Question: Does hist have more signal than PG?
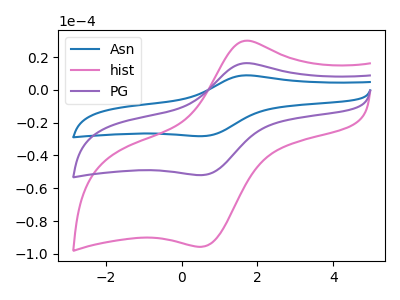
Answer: <think>The blue curve "Asn" has an anodic peak at (1.65V, 32.30uA) and a cathodic peak at (0.55V, -103.95uA). The pink curve "hist" has an anodic peak at (1.65V, 29.70uA) and a cathodic peak at (0.55V, -95.65uA). The purple curve "PG" has an anodic peak at (1.65V, 16.15uA) and a cathodic peak at (0.55V, -52.00uA).
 All the peaks in "hist" have a peak in "PG" at the same potential. Every peak in "hist" is higher than every peak in "PG".</think>
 <answer>"hist" has more signal than "PG".</answer>
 <eval>more_signal</eval>